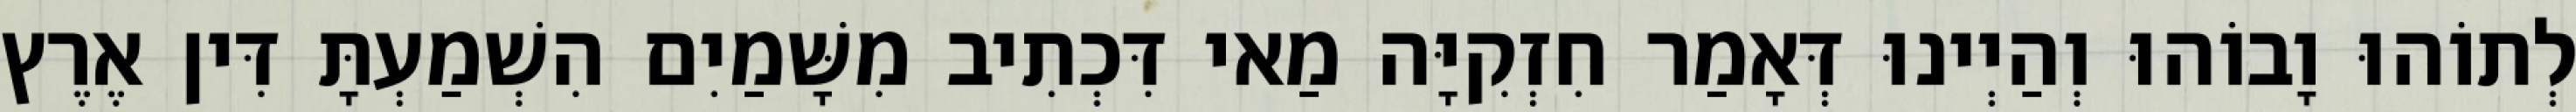
לְתוֹהוּ וָבוֹהוּ וְהַיְינוּ דְּאָמַר חִזְקִיָּה מַאי דִּכְתִיב מִשָּׁמַיִם הִשְׁמַעְתָּ דִּין אֶרֶץ